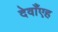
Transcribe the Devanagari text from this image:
देवाँएह